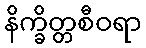
နိက္ခိတ္တစီဝရာ